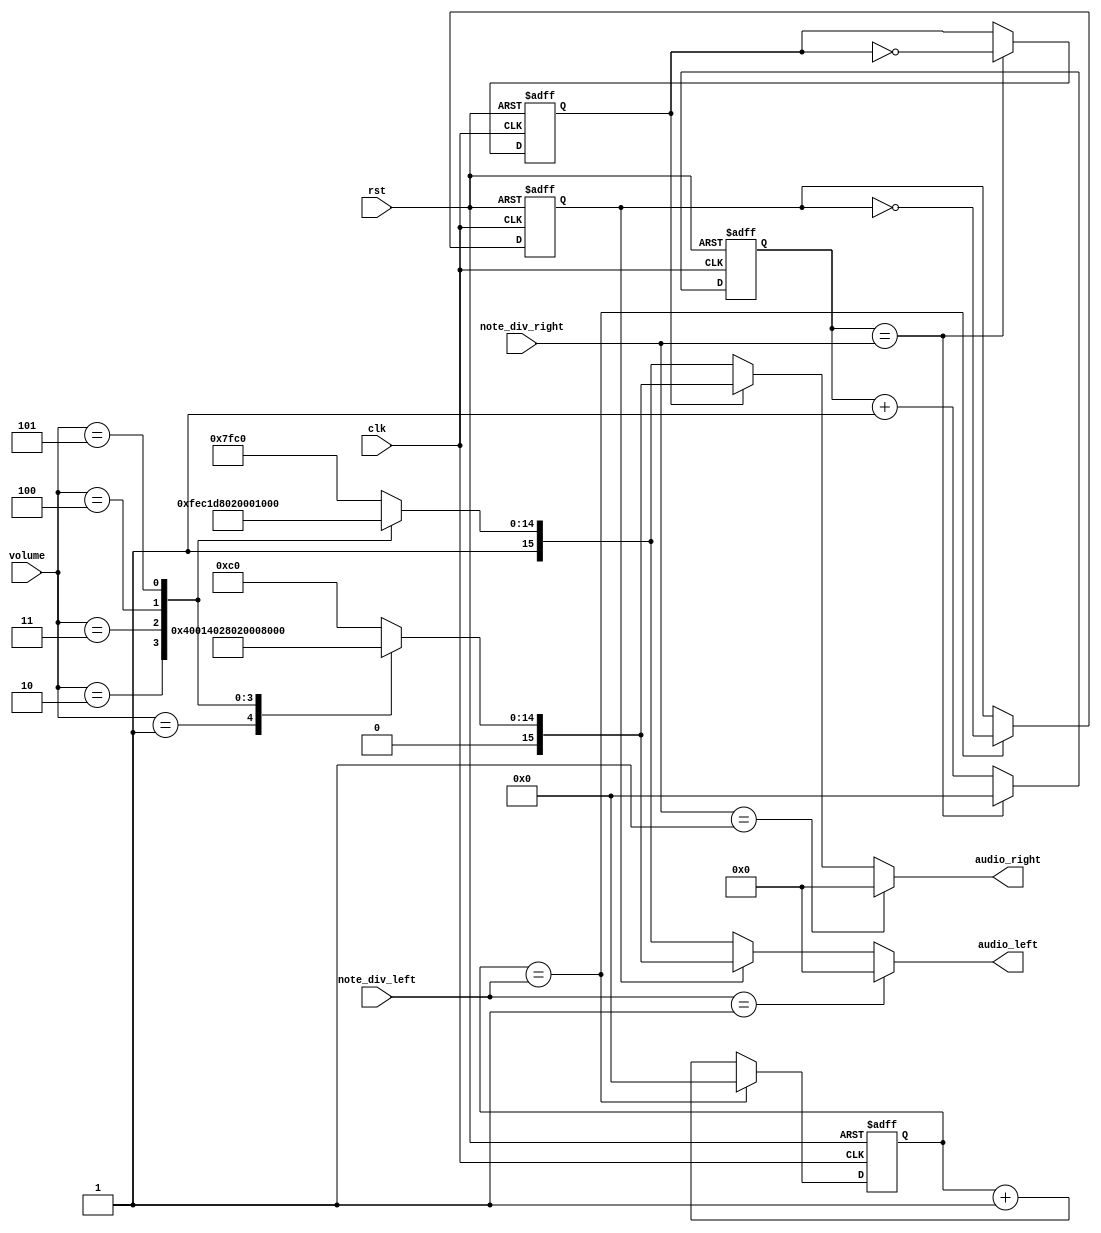
module note_gen(
    clk, // clock from crystal
    rst, // active high reset
    note_div_left, // div for note generation
    note_div_right,
    audio_left,
    audio_right,
    volume
);

    // I/O declaration
    input clk; // clock from crystal
    input rst; // active low reset
    input [21:0] note_div_left, note_div_right; // div for note generation
    output [15:0] audio_left, audio_right;
    input [2:0] volume;

    // Declare internal signals
    reg [21:0] clk_cnt_next, clk_cnt;
    reg [21:0] clk_cnt_next_2, clk_cnt_2;
    reg b_clk, b_clk_next;
    reg c_clk, c_clk_next;
    reg [15:0] ampH, ampL;

    // Note frequency generation
    always @(posedge clk or posedge rst)
        if (rst == 1'b1)
            begin
                clk_cnt <= 22'd0;
                clk_cnt_2 <= 22'd0;
                b_clk <= 1'b0;
                c_clk <= 1'b0;
            end
        else
            begin
                clk_cnt <= clk_cnt_next;
                clk_cnt_2 <= clk_cnt_next_2;
                b_clk <= b_clk_next;
                c_clk <= c_clk_next;
            end
        
    always @*
        if (clk_cnt == note_div_left)
            begin
                clk_cnt_next = 22'd0;
                b_clk_next = ~b_clk;
            end
        else
            begin
                clk_cnt_next = clk_cnt + 1'b1;
                b_clk_next = b_clk;
            end

    always @*
        if (clk_cnt_2 == note_div_right)
            begin
                clk_cnt_next_2 = 22'd0;
                c_clk_next = ~c_clk;
            end
        else
            begin
                clk_cnt_next_2 = clk_cnt_2 + 1'b1;
                c_clk_next = c_clk;
            end
    always @*
        case(volume)
            1: begin
                ampH <= 16'h0040;
                ampL <= 16'hFFC0;
            end
            2: begin
                ampH <= 16'h00A0;
                ampL <= 16'hFF60;
            end
            3: begin
                ampH <= 16'h0A00;
                ampL <= 16'hF600;
            end
            4: begin
                ampH <= 16'h4000;
                ampL <= 16'hC000;
            end
            5: begin
                ampH <= 16'h7000;
                ampL <= 16'h9000;
            end
            default: begin
                ampH <= 16'h00C0;
                ampL <= 16'hFFC0;
            end
        endcase
        
    // Assign the amplitude of the note
    // Volume is controlled here
    assign audio_left = (note_div_left == 22'd1) ? 16'h0000 : (b_clk == 1'b0) ? ampL : ampH;
    assign audio_right = (note_div_right == 22'd1) ? 16'h0000 : (c_clk == 1'b0) ? ampL : ampH;
endmodule